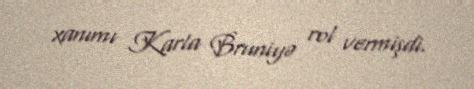
xanımı Karla Bruniyə rol vermişdi.